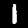
Digit: 1